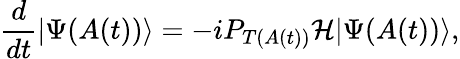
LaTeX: \frac{d}{dt}|\Psi(A(t))\rangle=-iP_{T(A(t))}\mathcal{H}|\Psi(A(t))\rangle,